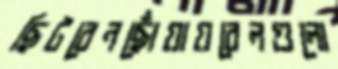
ছিটবেনছোঁয়ায়বেলগুলো